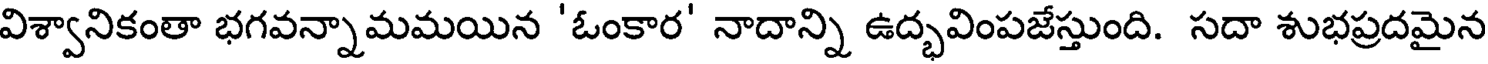
విశ్వానికంతా భగవన్నామమయిన 'ఓంకార' నాదాన్ని ఉద్భవింపజేస్తుంది. సదా శుభప్రదమైన